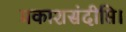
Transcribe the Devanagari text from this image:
प्रकाशसंदीप्ति।